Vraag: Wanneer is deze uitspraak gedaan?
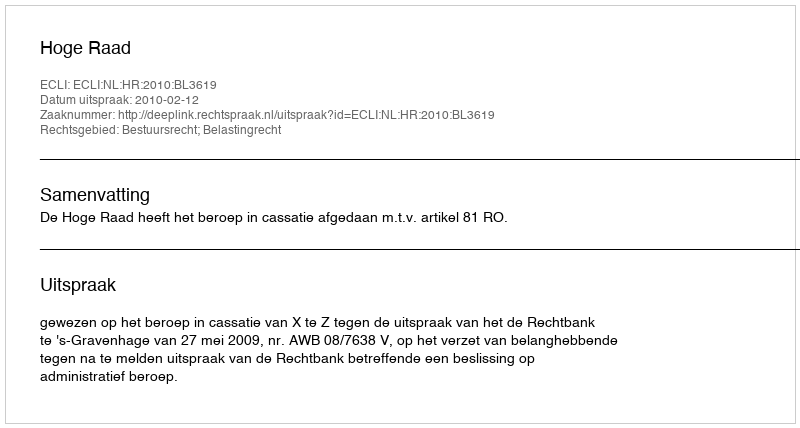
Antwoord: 2010-02-12